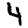
Digit: 4